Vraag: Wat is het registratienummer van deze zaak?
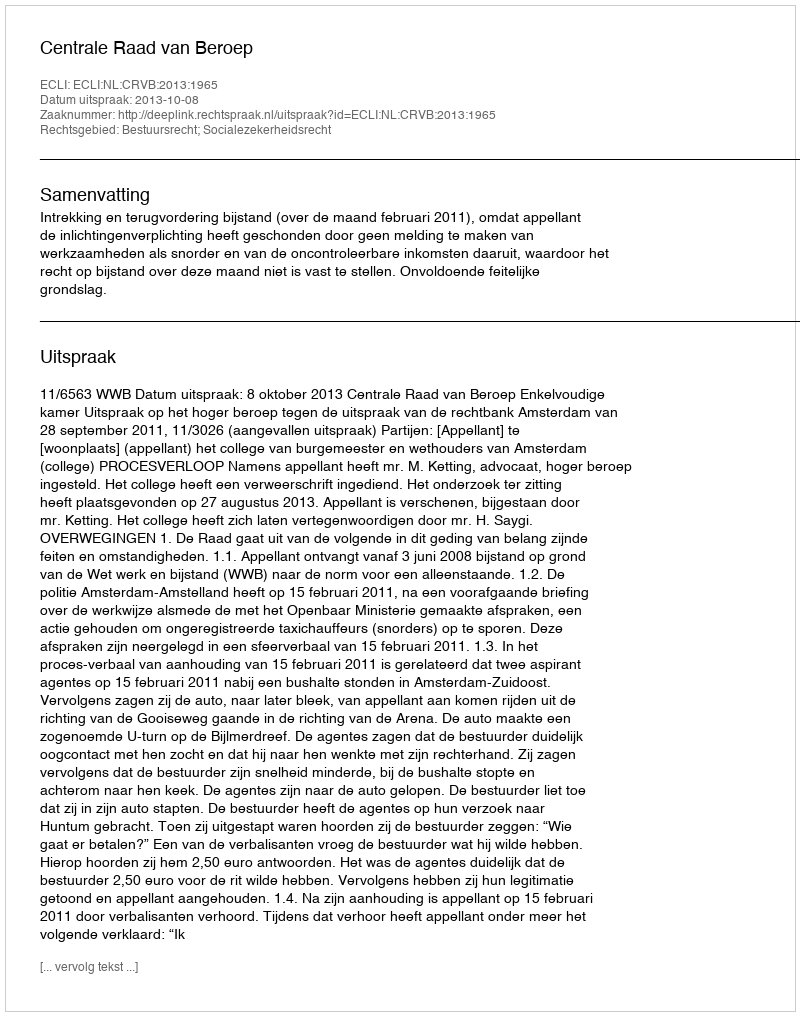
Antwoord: http://deeplink.rechtspraak.nl/uitspraak?id=ECLI:NL:CRVB:2013:1965